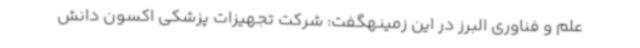
علم و فناوری البرز در این زمینهگفت: شرکت تجهیزات پزشکی اکسون دانش